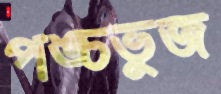
পঙ্চভুজ